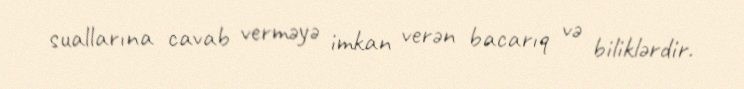
suallarına cavab verməyə imkan verən bacarıq və biliklərdir.